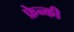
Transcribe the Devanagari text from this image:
फ्रेन्की